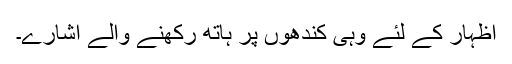
اظہار کے لئے وہی کندھوں پر ہاتھ رکھنے والے اشارے۔